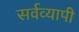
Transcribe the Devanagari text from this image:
सर्वव्‍यापी